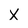
Character: X